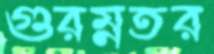
গুরম্নতর